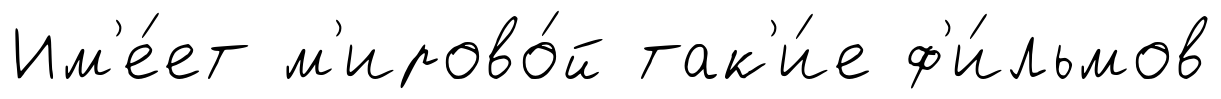
Им'е́ет м'ирово́й так'и́е ф'и́льмов